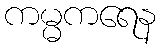
ကမ္မကရေန